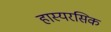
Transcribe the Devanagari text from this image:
हास्यरसिक